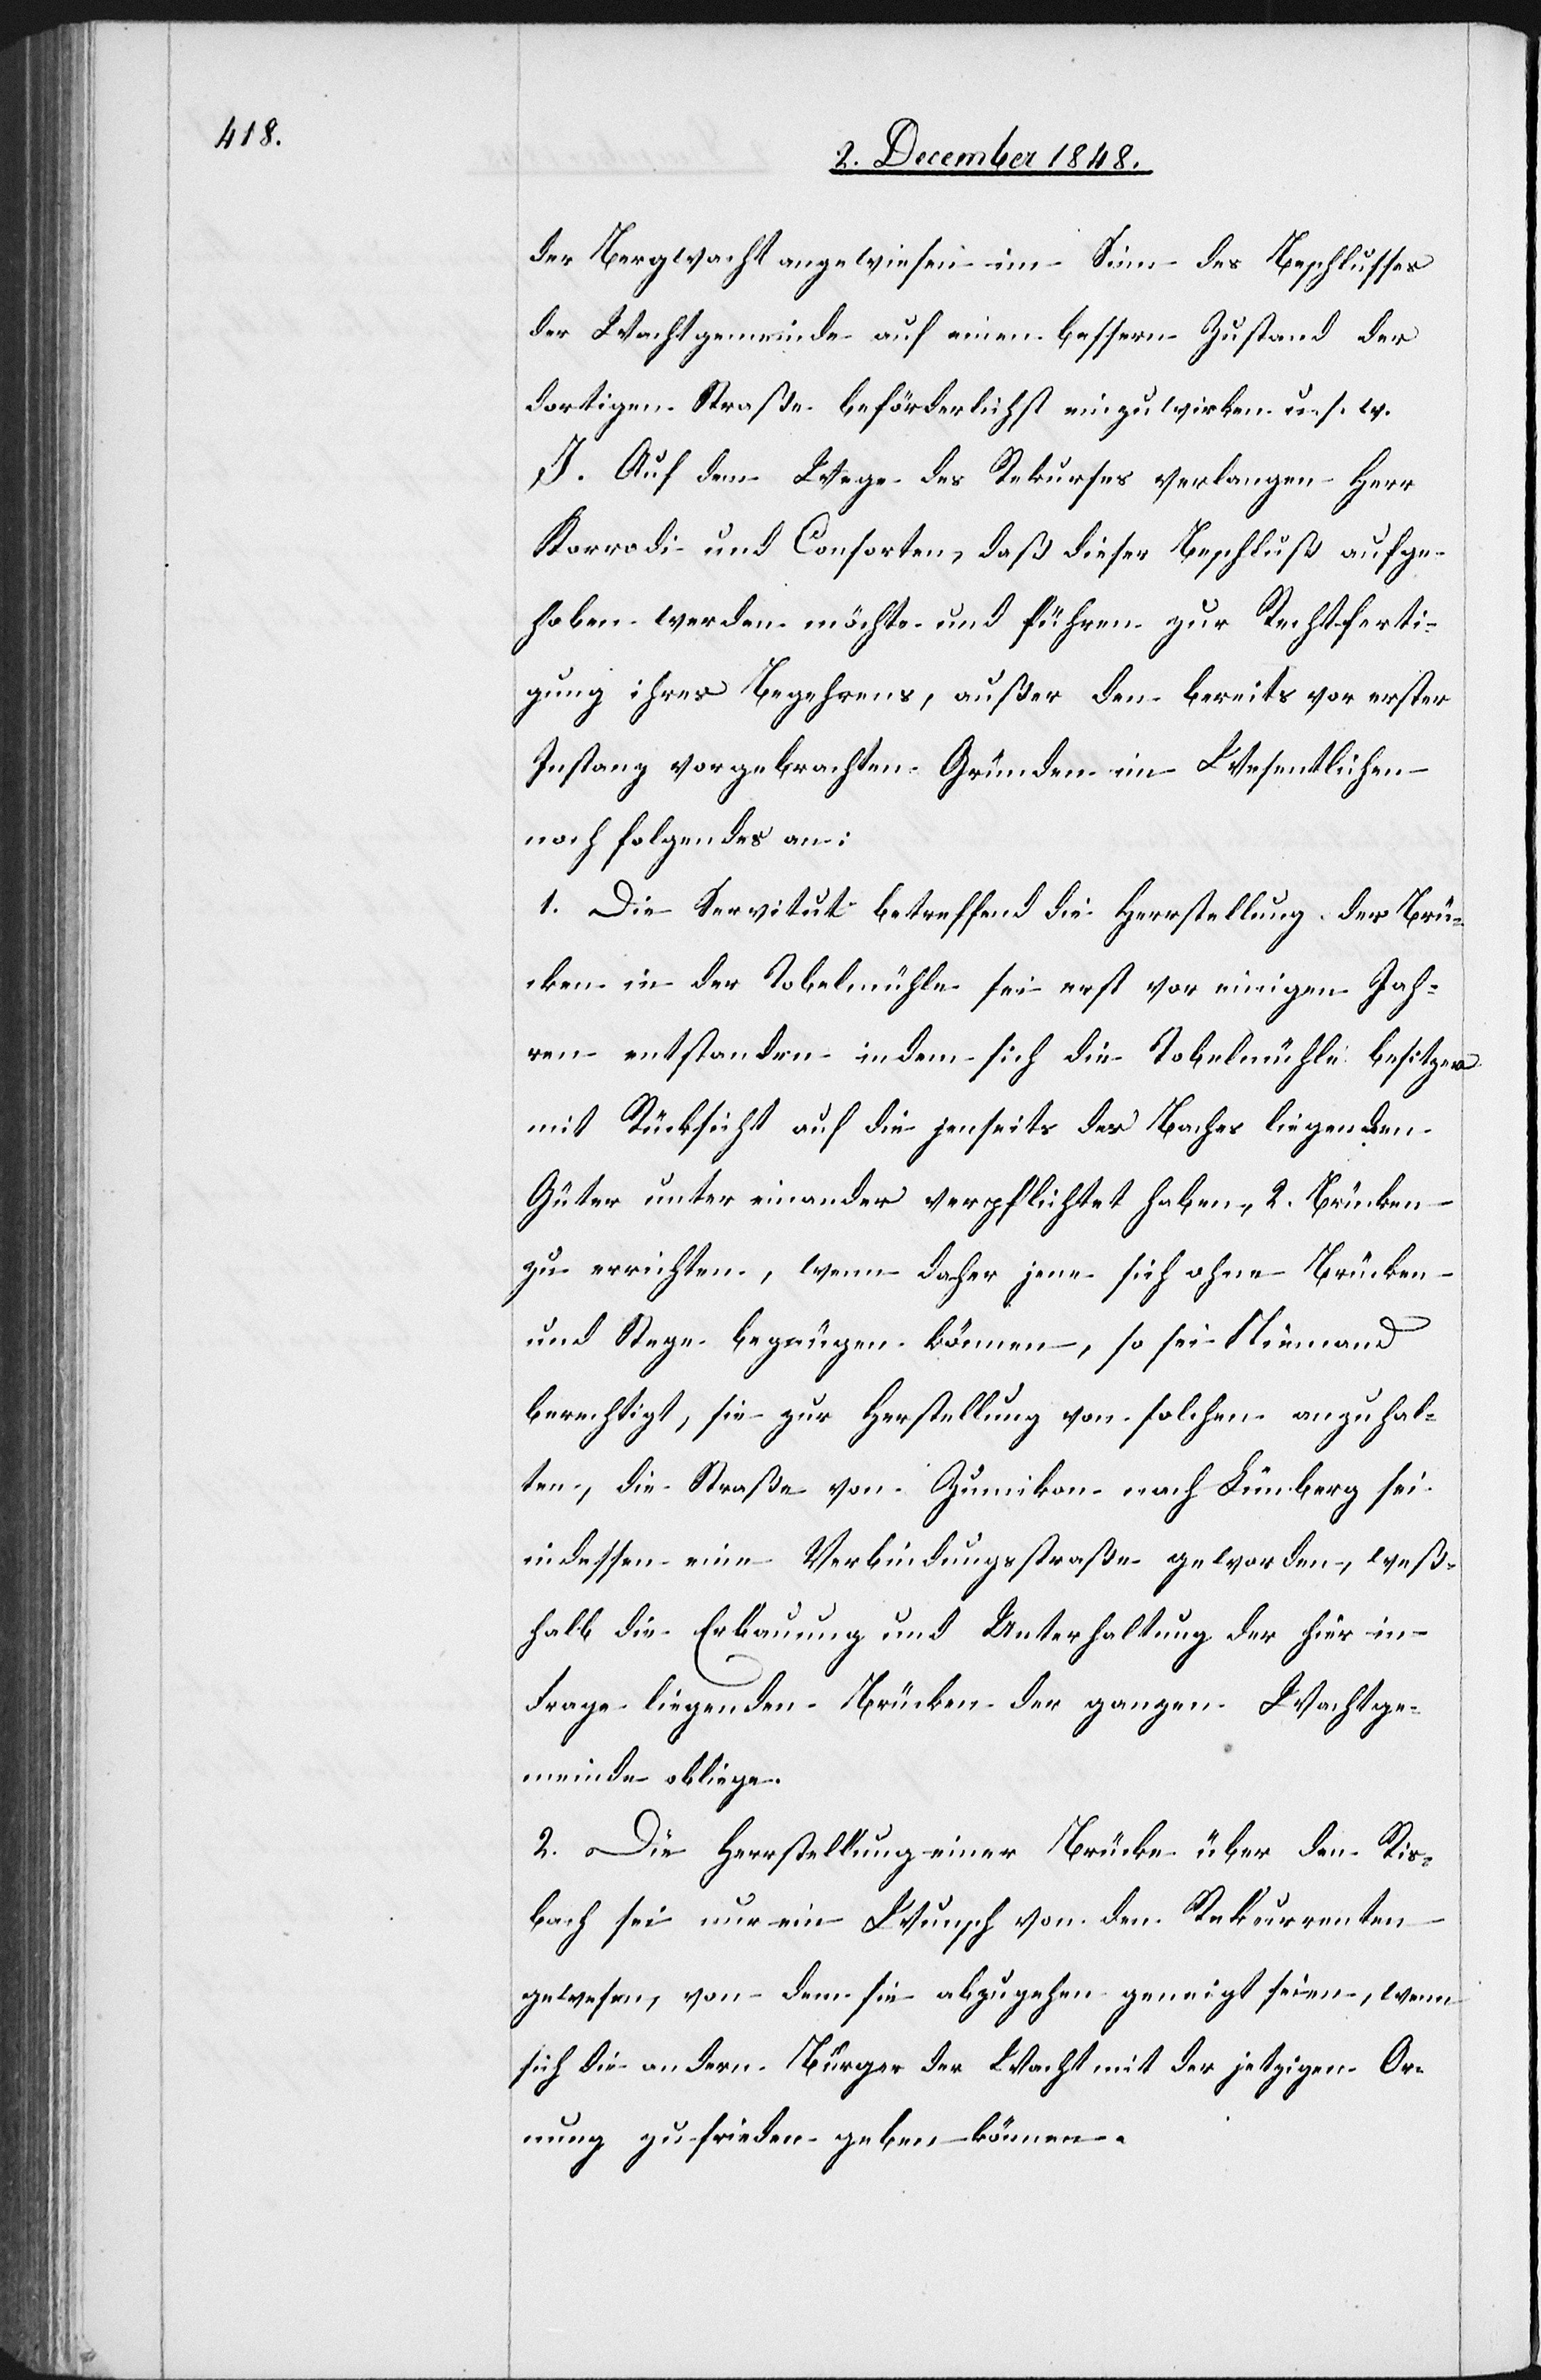
der Bergwacht angewiesen im Sinn des Beschlusses
der Wachtgemeinde auf einen bessern Zustand der
dortigen Straße beförderlichst einzuwirken u. s. w.
I. Auf dem Wege des Rekurses verlangen Herr
Korrodi und Consorten, daß dieser Beschluß aufge¬
hoben werden möchte und führen zur Rechtferti¬
gung ihres Begehrens, außer den bereits vor erster
Instanz vorgebrachten Gründen im Wesentlichen
noch folgendes an:
1. Die Servitut betreffend die Herrstellung [si¬
cken in der Tobelmühle sei erst vor einigen Jah¬
ren entstanden in dem sich die Tobelmühlebesitzer
mit Rücksicht auf die jenseits des Baches liegenden
Güter unter einander verpflichtet haben, 2. Brücken
Brü¬
zu errichten, wenn daher jene sich ohne Brücken
und Stege begnügen können, so sei Niemand
berechtigt, sie zur Herstellung von solchen anzuhal¬
ten, die Straße von Zumikon nach Limberg sei
indessen eine Verbindungsstraße geworden, weß¬
halb die Erbauung und Unterhaltung der hier in
Frage liegenden Brücken der ganzen Wachtge¬
meinde obliege.
2. Die Herrstellung einer Brücke über den Ris¬
bach sei nur ein Wunsch von den Rekurrenten
gewesen, von dem sie abzugehen geneigt seien, wenn
sich die andern Bürger der Wacht mit der jetzigen O¬
r[d]nung zufrieden geben können.